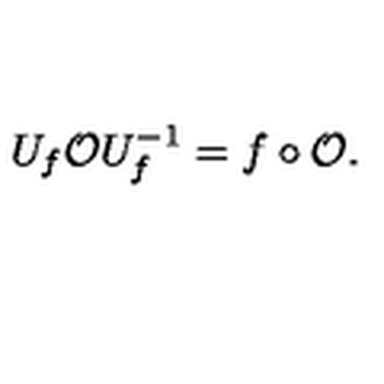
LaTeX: U _ { f } \mathcal { O } U _ { f } ^ { - 1 } = f \circ \mathcal { O } .